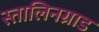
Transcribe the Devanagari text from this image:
स्तालिनग्राड